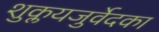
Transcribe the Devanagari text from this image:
शुक्लयजुर्वेदका